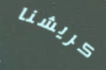
كريشنا